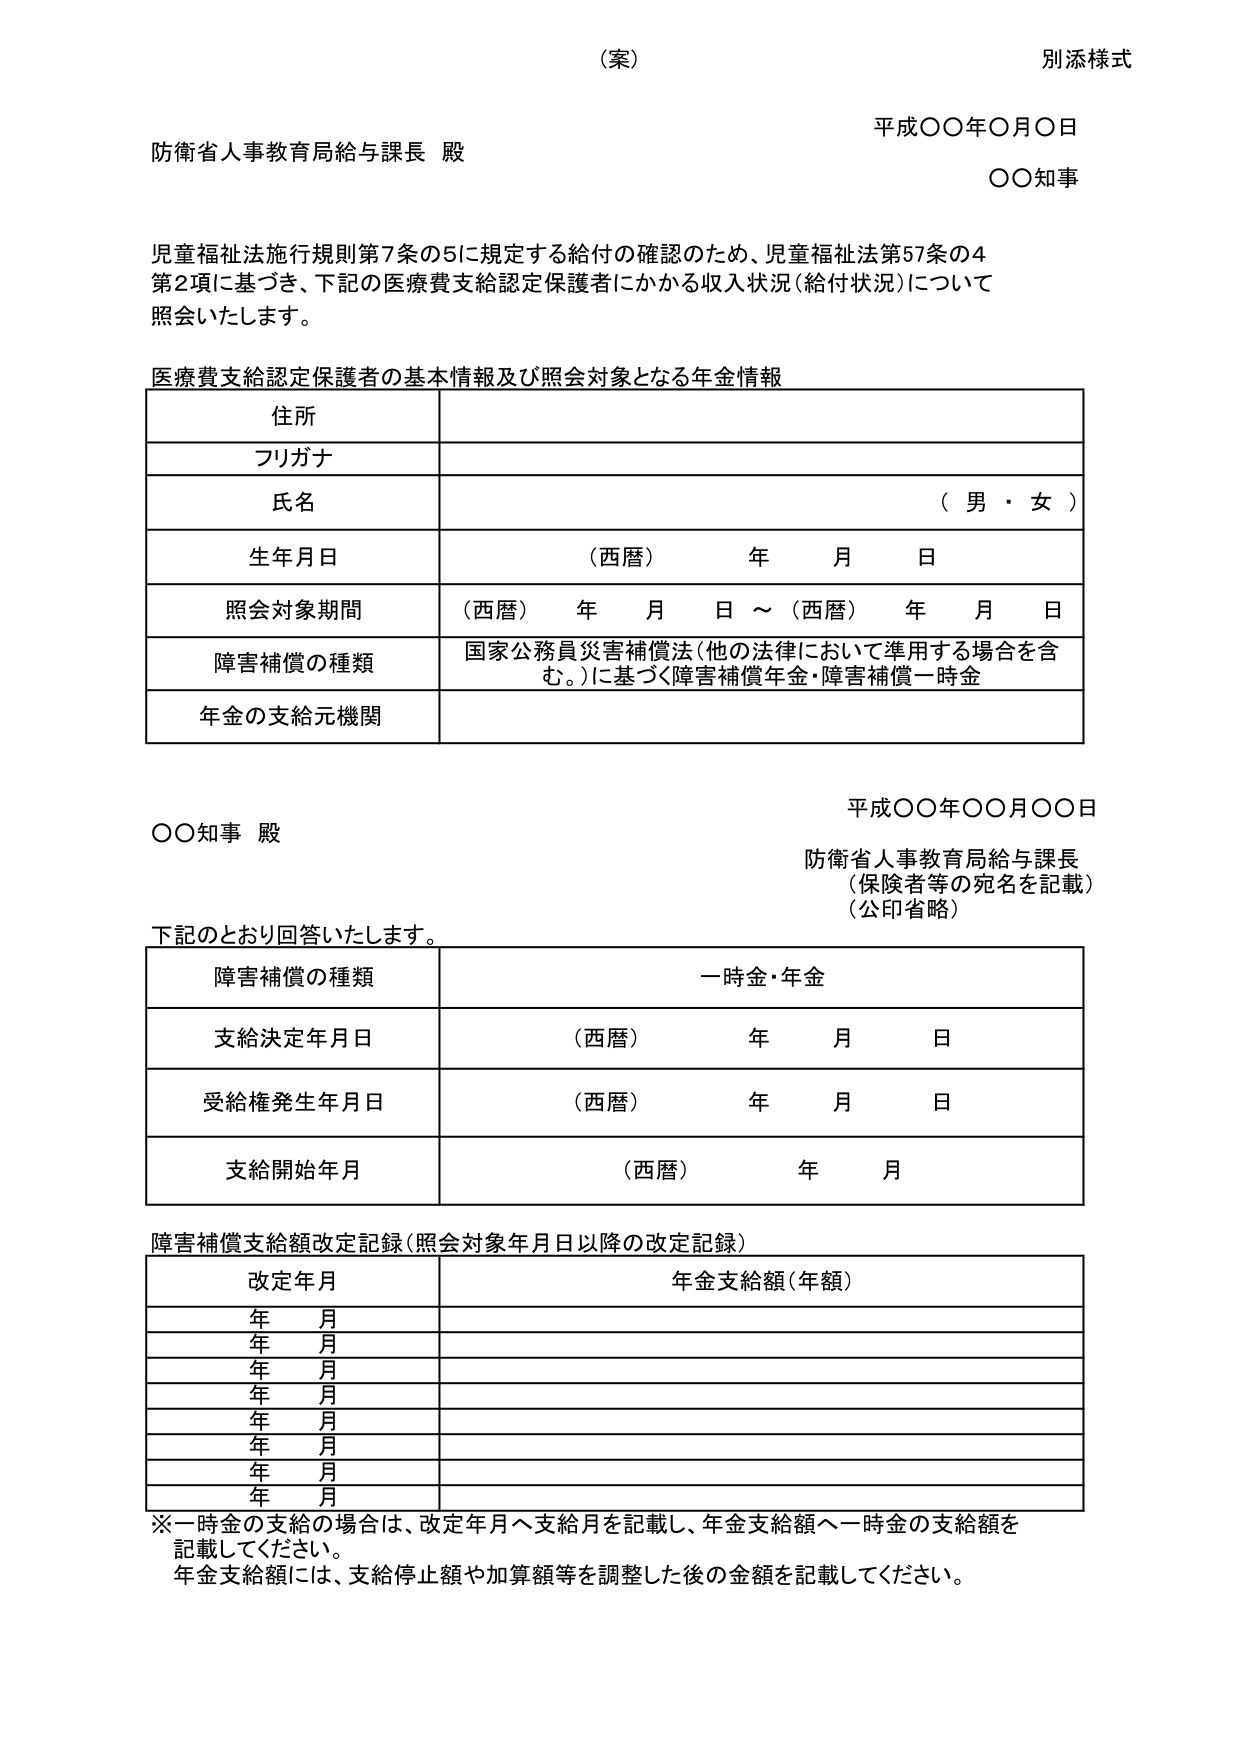
（案）
別添様式

平成〇〇年〇月〇日
防衛省人事教育局給与課長 殿
〇〇知事

児童福祉法施行規則第7条の5に規定する給付の確認のため、児童福祉法第57条の4
第2項に基づき、下記の医療費支給認定保護者にかかる収入状況（給付状況）について
照会いたします。

医療費支給認定保護者の基本情報及び照会対象となる年金情報

住所
フリガナ
氏名 （男・女）
生年月日 （西暦） 年 月 日
照会対象期間 （西暦） 年 月 日 ～ （西暦） 年 月 日
障害補償の種類 国家公務員災害補償法（他の法律において準用する場合を含む。）に基づく障害補償年金・障害補償一時金
年金の支給元機関

平成〇〇年〇〇月〇〇日
〇〇知事 殿
防衛省人事教育局給与課長
（保険者等の宛名を記載）
（公印省略）

下記のとおり回答いたします。

障害補償の種類 一時金・年金
支給決定年月日 （西暦） 年 月 日
受給権発生年月日 （西暦） 年 月 日
支給開始年月 （西暦） 年 月

障害補償支給額改定記録（照会対象年月日以降の改定記録）

改定年月 年金支給額（年額）
年 月
年 月
年 月
年 月
年 月
年 月
年 月
年 月

※一時金の支給の場合は、改定年月へ支給月を記載し、年金支給額へ一時金の支給額を記載してください。
年金支給額には、支給停止額や加算額等を調整した後の金額を記載してください。